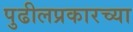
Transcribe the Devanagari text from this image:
पुढीलप्रकारच्या